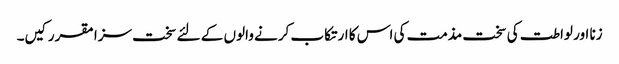
زنا اور لواطت کی سخت مذمت کی اس کا ارتکاب کرنے والوں کے لئے سخت سزا مقرر کیں۔